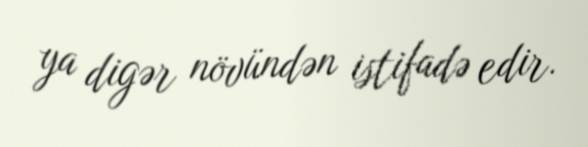
ya digər növündən istifadə edir.